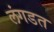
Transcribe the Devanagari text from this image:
लंगडत